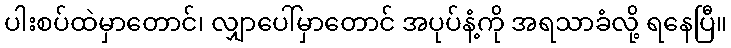
ပါးစပ်ထဲမှာတောင်၊ လျှာပေါ်မှာတောင် အပုပ်နံ့ကို အရသာခံလို့ ရနေပြီ။